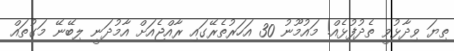
ތިޔަ ވިދާޅުވީ ތެދުފުޅެއް! މައުމޫނު 30 އަހަރުތެރޭގައި ރާއްޖެއަށް އާމުދަނީ ލިބޭނޭ މަގުތައް